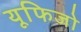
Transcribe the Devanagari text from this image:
यूफिजो